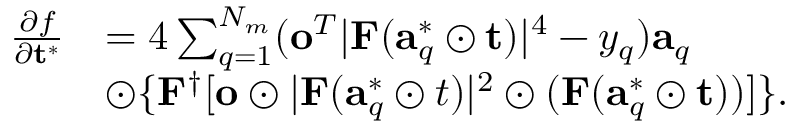
\begin{array} { r l } { \frac { \partial f } { \partial \mathbf { t } ^ { * } } } & { = 4 \sum _ { q = 1 } ^ { N _ { m } } ( \mathbf { o } ^ { T } \lvert \mathbf { F } ( \mathbf { a } _ { q } ^ { * } \odot \mathbf { t } ) \rvert ^ { 4 } - y _ { q } ) \mathbf { a } _ { q } } \\ & { \odot \{ \mathbf { F } ^ { \dag } [ \mathbf { o } \odot \lvert \mathbf { F } ( \mathbf { a } _ { q } ^ { * } \odot t ) \rvert ^ { 2 } \odot ( \mathbf { F } ( \mathbf { a } _ { q } ^ { * } \odot \mathbf { t } ) ) ] \} . } \end{array}